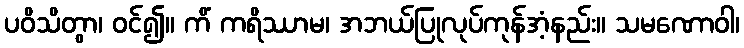
ပဝိသိတွာ၊ ဝင်၍။ ကိံ ကရိဿာမ၊ အဘယ်ပြုလုပ်ကုန်အံ့နည်း။ သမဏောဝါ၊